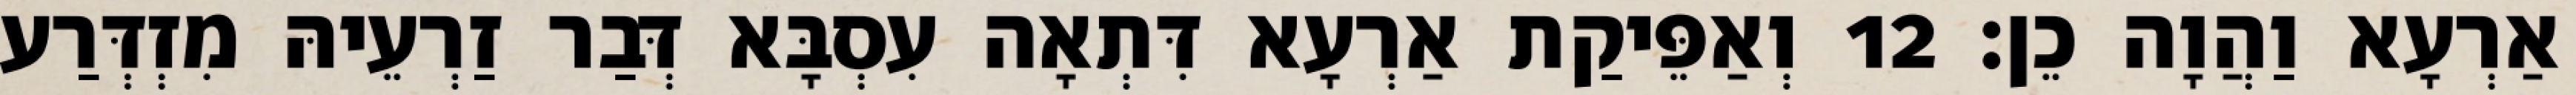
אַרְעָא וַהֲוָה כֵן׃ 12 וְאַפֵּיקַת אַרְעָא דִּתְאָה עִסְבָּא דְּבַר זַרְעֵיהּ מִזְדְּרַע